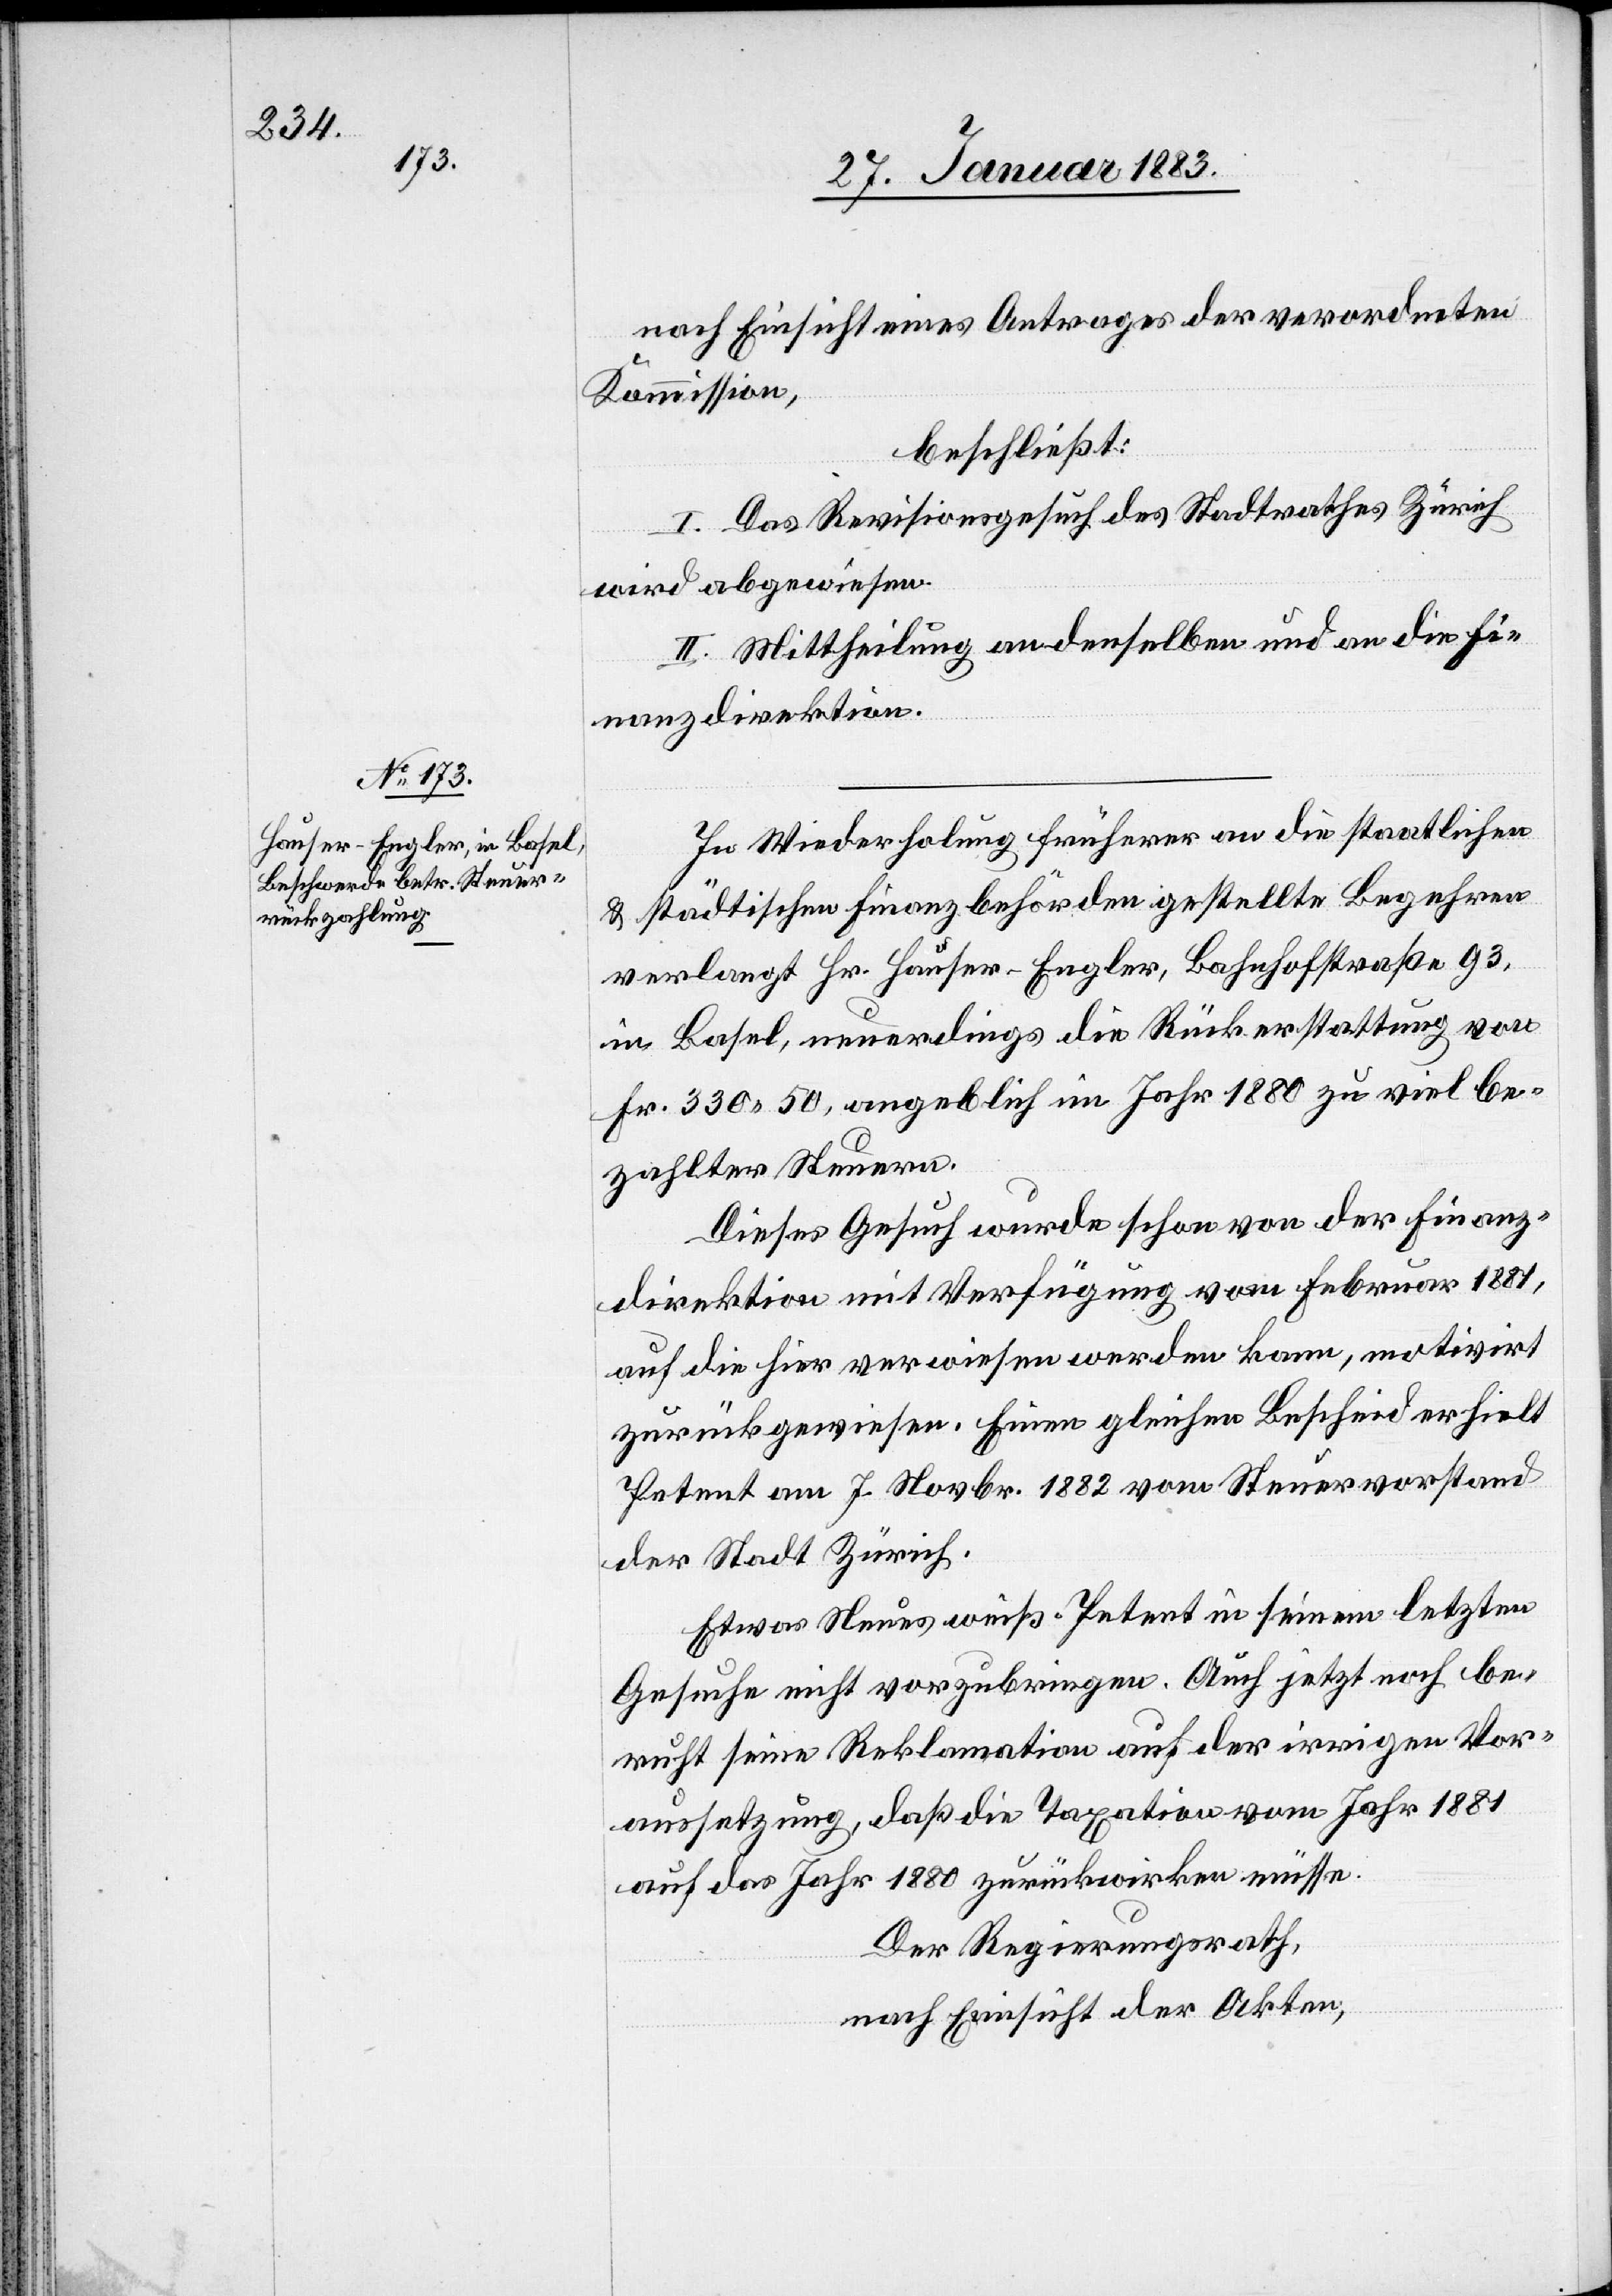
nach Einsicht eines Antrages der verordneten
Kommission,
beschließt:
I. Das Revisionsgesuch des Stadtrathes Zürich
wird abgewiesen.
II. Mittheilung an denselben und an die Fi¬
nanzdirektion.
In Wiederholung früherer an die staatlichen
& städtischen Finanzbehörden gestellte Begehren
verlangt Hr. Hauser-Engler, Bahnhofstraße 93,
in Basel, neuerdings die Rückerstattung von
Fr. 330 50, angeblich im Jahr 1880 zu viel be¬
zahlter Steuern.
Dieses Gesuch wurde schon von der Finanz¬
direktion mit Verfügung vom Februar 1881,
auf die hier verwiesen werden kann, motivirt
zurückgewiesen. Einen gleichen Bescheid erhielt
Petent am 7. Novbr. 1882 vom Steuervorstand
der Stadt Zürich.
Etwas Neues weiß Petent in seinem letzten
Gesuche nicht vorzubringen. Auch jetzt noch be¬
ruht seine Reklamation auf der irrigen Vor¬
aussetzung, daß die Taxation vom Jahr 1881
auf das Jahr 1880 zurückwirken müsse.
Der Regierungsrath,
nach Einsicht der Akten,